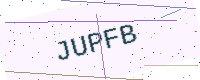
Text: JUPFB